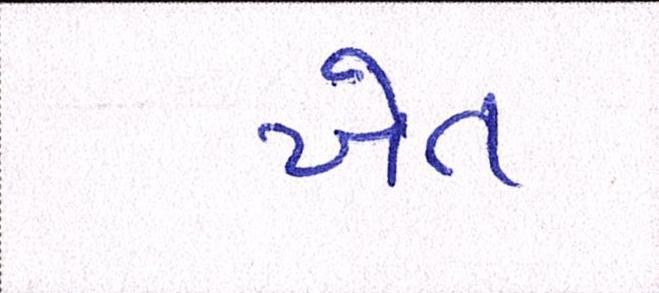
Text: ખેત